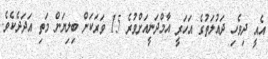
އެއީ ދިވެހި ދައުލަތުގެ އަހަރީ އާމްދަނީއަށްވުރެ 15 ވަރަކަށް ބިލިޔަން މަތި އަދަދެކެވެ.